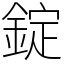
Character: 錠